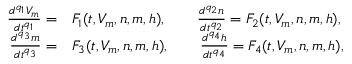
\begin{array} { r l } { \frac { d ^ { q _ { 1 } } V _ { m } } { d t ^ { q _ { 1 } } } = } & { { } F _ { 1 } ( t , V _ { m } , n , m , h ) , \qquad \frac { d ^ { q _ { 2 } } n } { d t ^ { q _ { 2 } } } = F _ { 2 } ( t , V _ { m } , n , m , h ) , } \\ { \frac { d ^ { q _ { 3 } } m } { d t ^ { q _ { 3 } } } = } & { { } F _ { 3 } ( t , V _ { m } , n , m , h ) , \qquad \frac { d ^ { q _ { 4 } } h } { d t ^ { q _ { 4 } } } = F _ { 4 } ( t , V _ { m } , n , m , h ) , } \end{array}